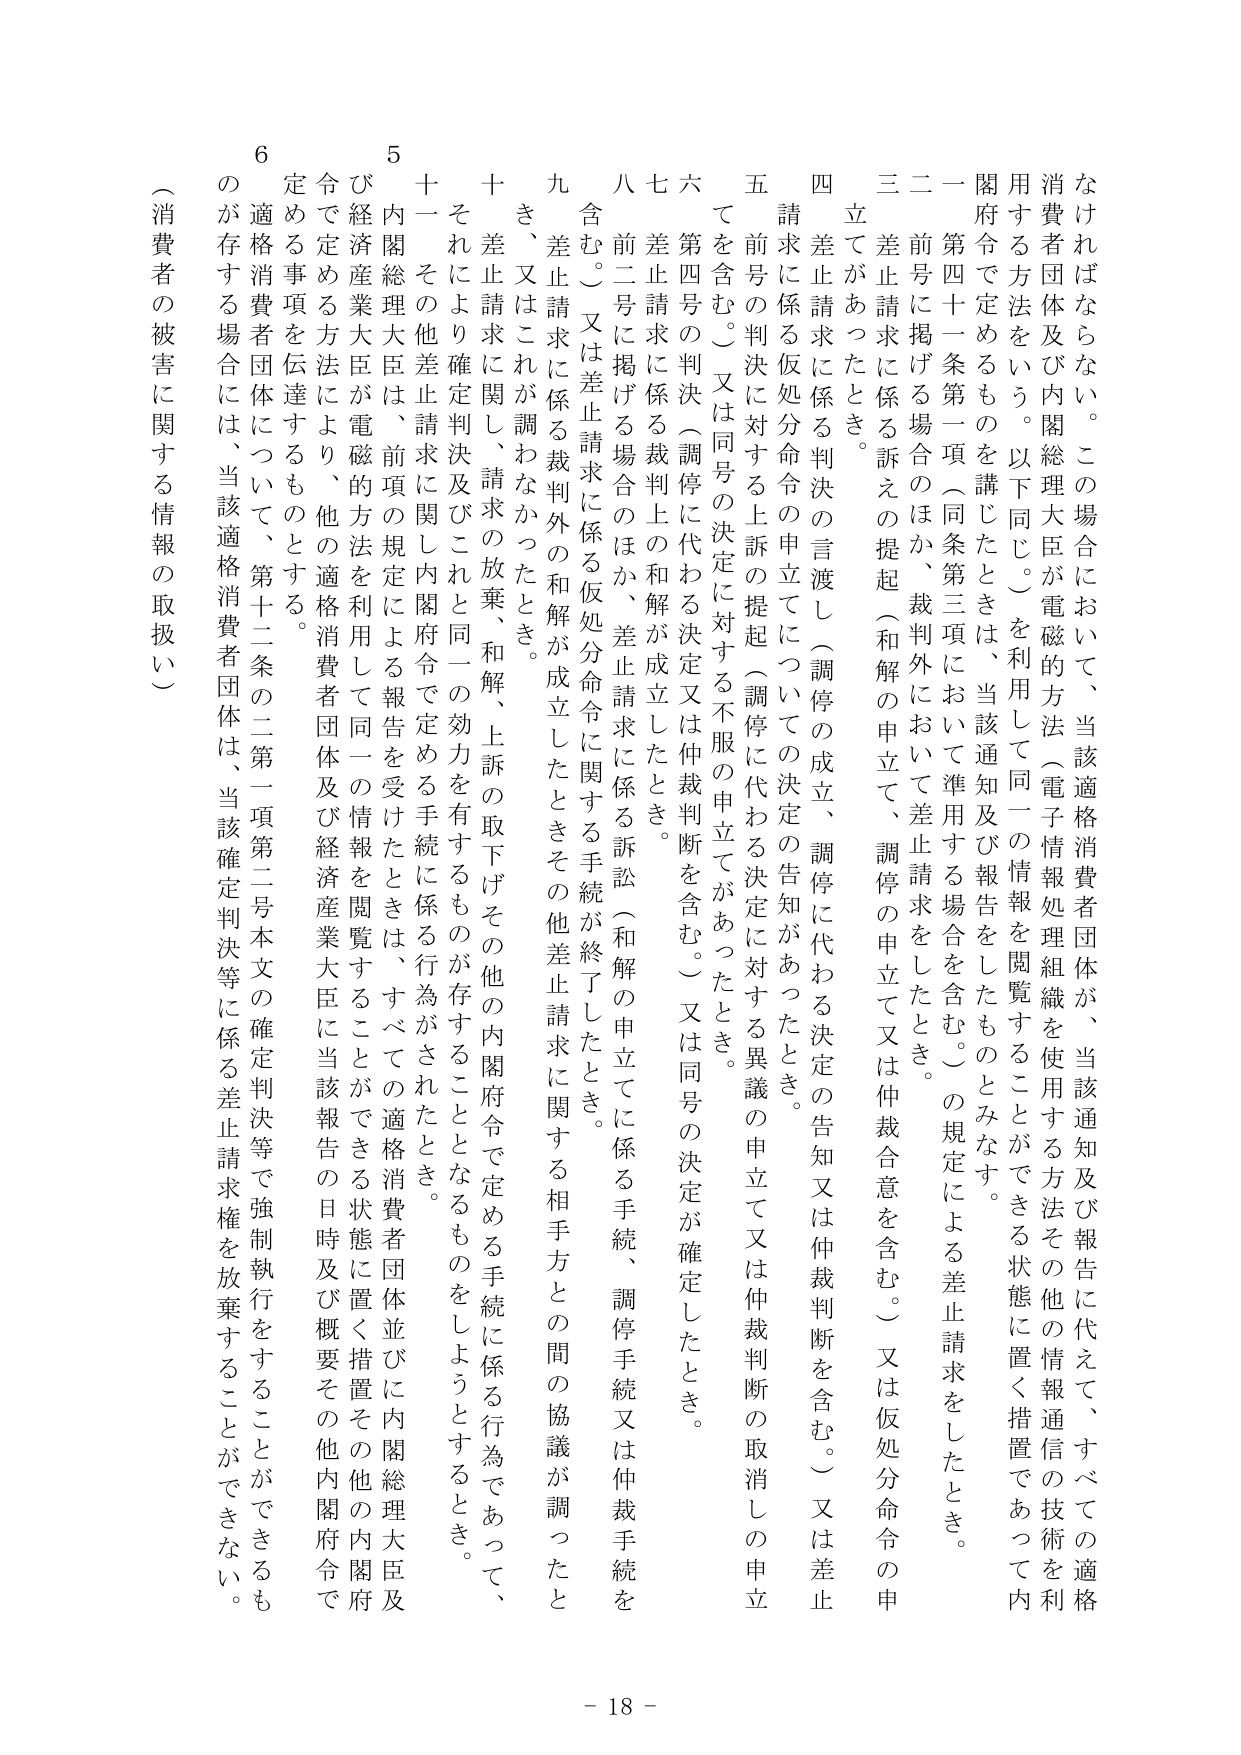
なければならない。この場合において、当該適格消費者団体が、当該通知及び報告に代えて、すべての適格消費者団体及び内閣総理大臣が電磁的方法（電子情報処理組織を使用する方法その他的情報通信の技術を利用する方法をいう。以下同じ。）を利用して同一の情報を閲覧することができる状態に置く措置であって内閣府令で定めるものを講じたときは、当該通知及び報告をしたものとみなす。

二 前号に掲げる場合のほか、裁判外において差止請求をしたとき。

三 差止請求に係る訴えの提起（和解の申立て、調停の申立て又は仲裁合意を含む。）又は仮処分命令の申立てがあったとき。

四 差止請求に係る判決の言渡し（調停の成立、調停に代わる決定の告知又は仲裁判断を含む。）又は差止請求に係る仮処分命令の申立てについての決定の告知があったとき。

五 前号の判決に対する上訴の提起（調停に代わる決定に対する異議の申立て又は仲裁判断の取消しの申立てを含む。）又は同号の決定に対する不服の申立てがあったとき。

六 第四号の判決（調停に代わる決定又は仲裁判断を含む。）又は同号の決定が確定したとき。

七 差止請求に係る裁判上の和解が成立したとき。

八 前二号に掲げる場合のほか、差止請求に係る訴訟（和解の申立てに係る手続、調停手続又は仲裁手続を含む。）又は差止請求に係る仮処分命令に関する手続が終了したとき。

九 差止請求に係る裁判外の和解が成立したときその他差止請求に関する相手方との間の協議が調ったとき、又はこれが調わなかったとき。

十 差止請求に関し、請求の放棄、和解、上訴の取下げその他の内閣府令で定める手続に係る行為であって、それにより確定判決及びこれと同一の効力を有するものが存することとなるものをしようとするとき。

十一 その他差止請求に関し内閣府令で定める手続に係る行為がされたとき。

五 内閣総理大臣は、前項の規定による報告を受けたときは、すべての適格消費者団体並びに内閣総理大臣及び経済産業大臣が電磁的方法を利用して同一の情報を閲覧することができる状態に置く措置その他の内閣府令で定める方法により、他の適格消費者団体及び経済産業大臣に当該報告の日時及び概要その他内閣府令で定める事項を伝達するものとする。

六 適格消費者団体については、第十二条の二第一項第二号本文の確定判決等に係る差止請求権を放棄することができないものが存する場合には、当該適格消費者団体は、当該確定判決等に係る差止請求権を放棄することができない。

（消費者の被害に関する情報の取扱い）

- 18 -